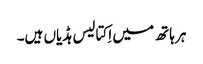
ہر ہاتھ میں اِکتالیس ہڈیاں ہیں۔